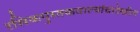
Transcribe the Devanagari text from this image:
रसिकपुस्तकवाल्यांचादेखील